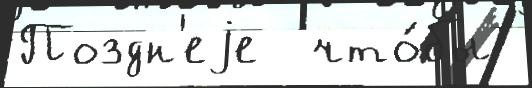
Поздн'еjе  что́бы